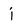
Character: j